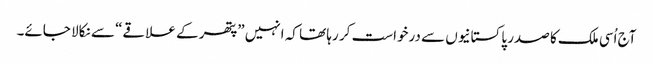
آج اُسی ملک کا صدر پاکستانیوں سے درخواست کر رہا تھا کہ انہیں ”پتھر کے علاقے“ سے نکالا جائے۔